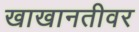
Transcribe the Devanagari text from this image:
खाखानतीवर